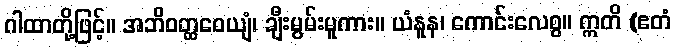
ဂါထာတို့ဖြင့်။ အဘိဝတ္ထဝေယျံ၊ ချီးမွမ်းမူကား။ ယံနူန၊ ကောင်းလေစွ။ ဣတိ (ဧတံ